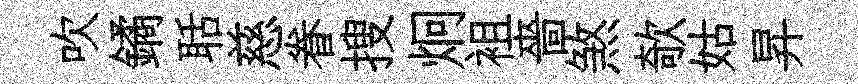
吹鐍聒慈眷搜炯袓嗇煞欹姑昇